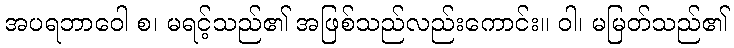
အပရဘာဝေါ စ၊ မရင့်သည်၏ အဖြစ်သည်လည်းကောင်း။ ဝါ၊ မမြတ်သည်၏